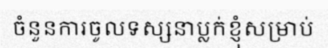
ចំនួនការចូលទស្សនាប្លក់ខ្ញុំសម្រាប់